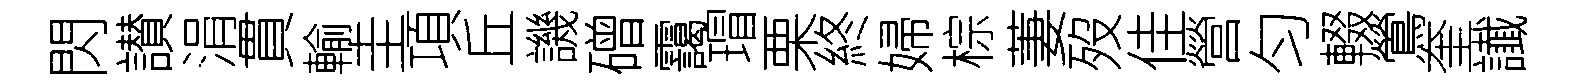
閃讃涓貫輸圭項丘譏磳靄瑁栗終婦棕萋歿佳營匀輟鶯奎䜟